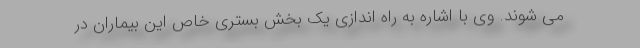
می شوند. وی با اشاره به راه اندازی یک بخش بستری خاص این بیماران در